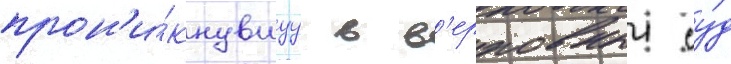
прон'и́кнувшуу в в'ерховныи су́д